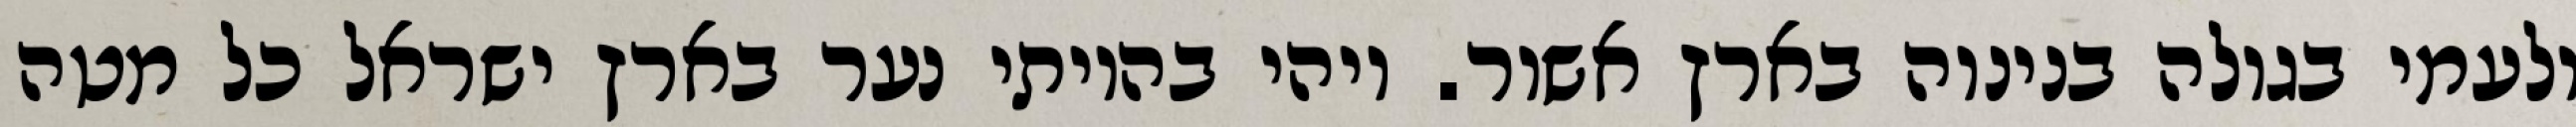
ולעמי בגולה בנינוה בארץ אשור. ויהי בהיותי נער בארץ ישראל כל מטה